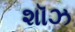
શૉઝ